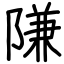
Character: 隒